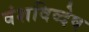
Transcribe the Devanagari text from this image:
वंशविव्देष